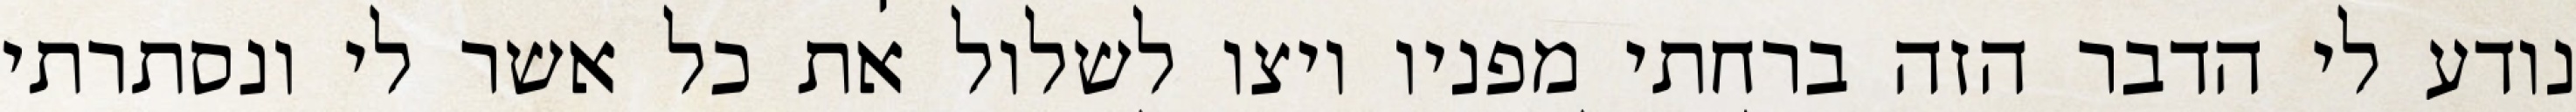
נודע לי הדבר הזה ברחתי מפניו ויצו לשלול את כל אשר לי ונסתרתי